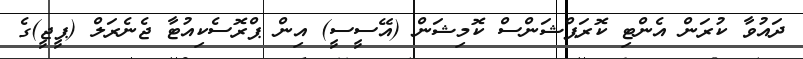
ދައުވާ ކުރަން އެންޓި ކޮރަޕްޝަންސް ކޮމިޝަން (އޭސީސީ) އިން ޕްރޮސެކިއުޓާ ޖެނެރަލް (ޕީޖީ)ގެ